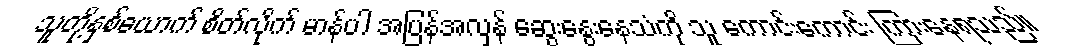
သူတို့နှစ်ယောက် စိတ်လိုက် မာန်ပါ အပြန်အလှန် ဆွေးနွေးနေသံကို သူ ကောင်းကောင်း ကြားနေရသည်။